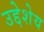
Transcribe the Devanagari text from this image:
उद्देशेय